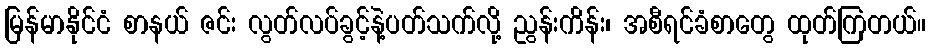
မြန်မာနိုင်ငံ စာနယ် ဇင်း လွတ်လပ်ခွင့်နဲ့ပတ်သက်လို့ ညွန်းကိန်း၊ အစီရင်ခံစာတွေ ထုတ်ကြတယ်။